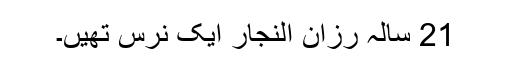
21 سالہ رزان النجار ایک نرس تھیں۔